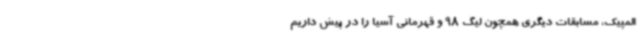
المپیک، مسابقات دیگری همچون لیگ 98 و قهرمانی آسیا را در پیش داریم